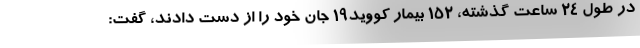
در طول ۲۴ ساعت گذشته، ۱۵۲ بیمار کووید۱۹ جان خود را از دست دادند، گفت: